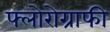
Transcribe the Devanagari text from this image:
फ्लोरोग्राफी